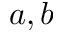
a , b